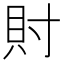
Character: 𧴫